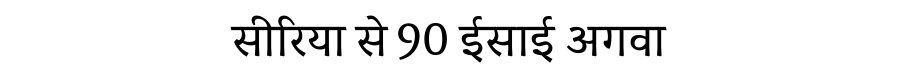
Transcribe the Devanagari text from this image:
सीरिया से 90 ईसाई अगवा